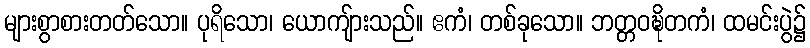
များစွာစားတတ်သော။ ပုရိသော၊ ယောကျ်ားသည်။ ဧကံ၊ တစ်ခုသော။ ဘတ္တဝဍ္ဎိတကံ၊ ထမင်းပွဲ၌